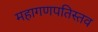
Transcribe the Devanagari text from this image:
महागणपतिस्तव